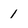
Character: 1